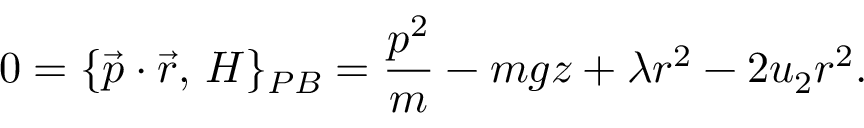
0 = \{ { \vec { p } } \cdot { \vec { r } } , \, H \} _ { P B } = { \frac { p ^ { 2 } } { m } } - m g z + \lambda r ^ { 2 } - 2 u _ { 2 } r ^ { 2 } .